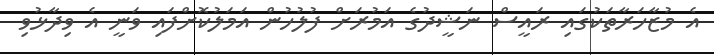
އެ މުޒާހަރާތަކުގައި ރައީސް ނަޝީދުގެ އަމުރަށް ފުލުހުން އަމަލުކޮށްފައި ވަނީ އެ ވިދާޅުވި